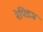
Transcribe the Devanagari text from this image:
रेपिडज